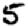
Digit: 5